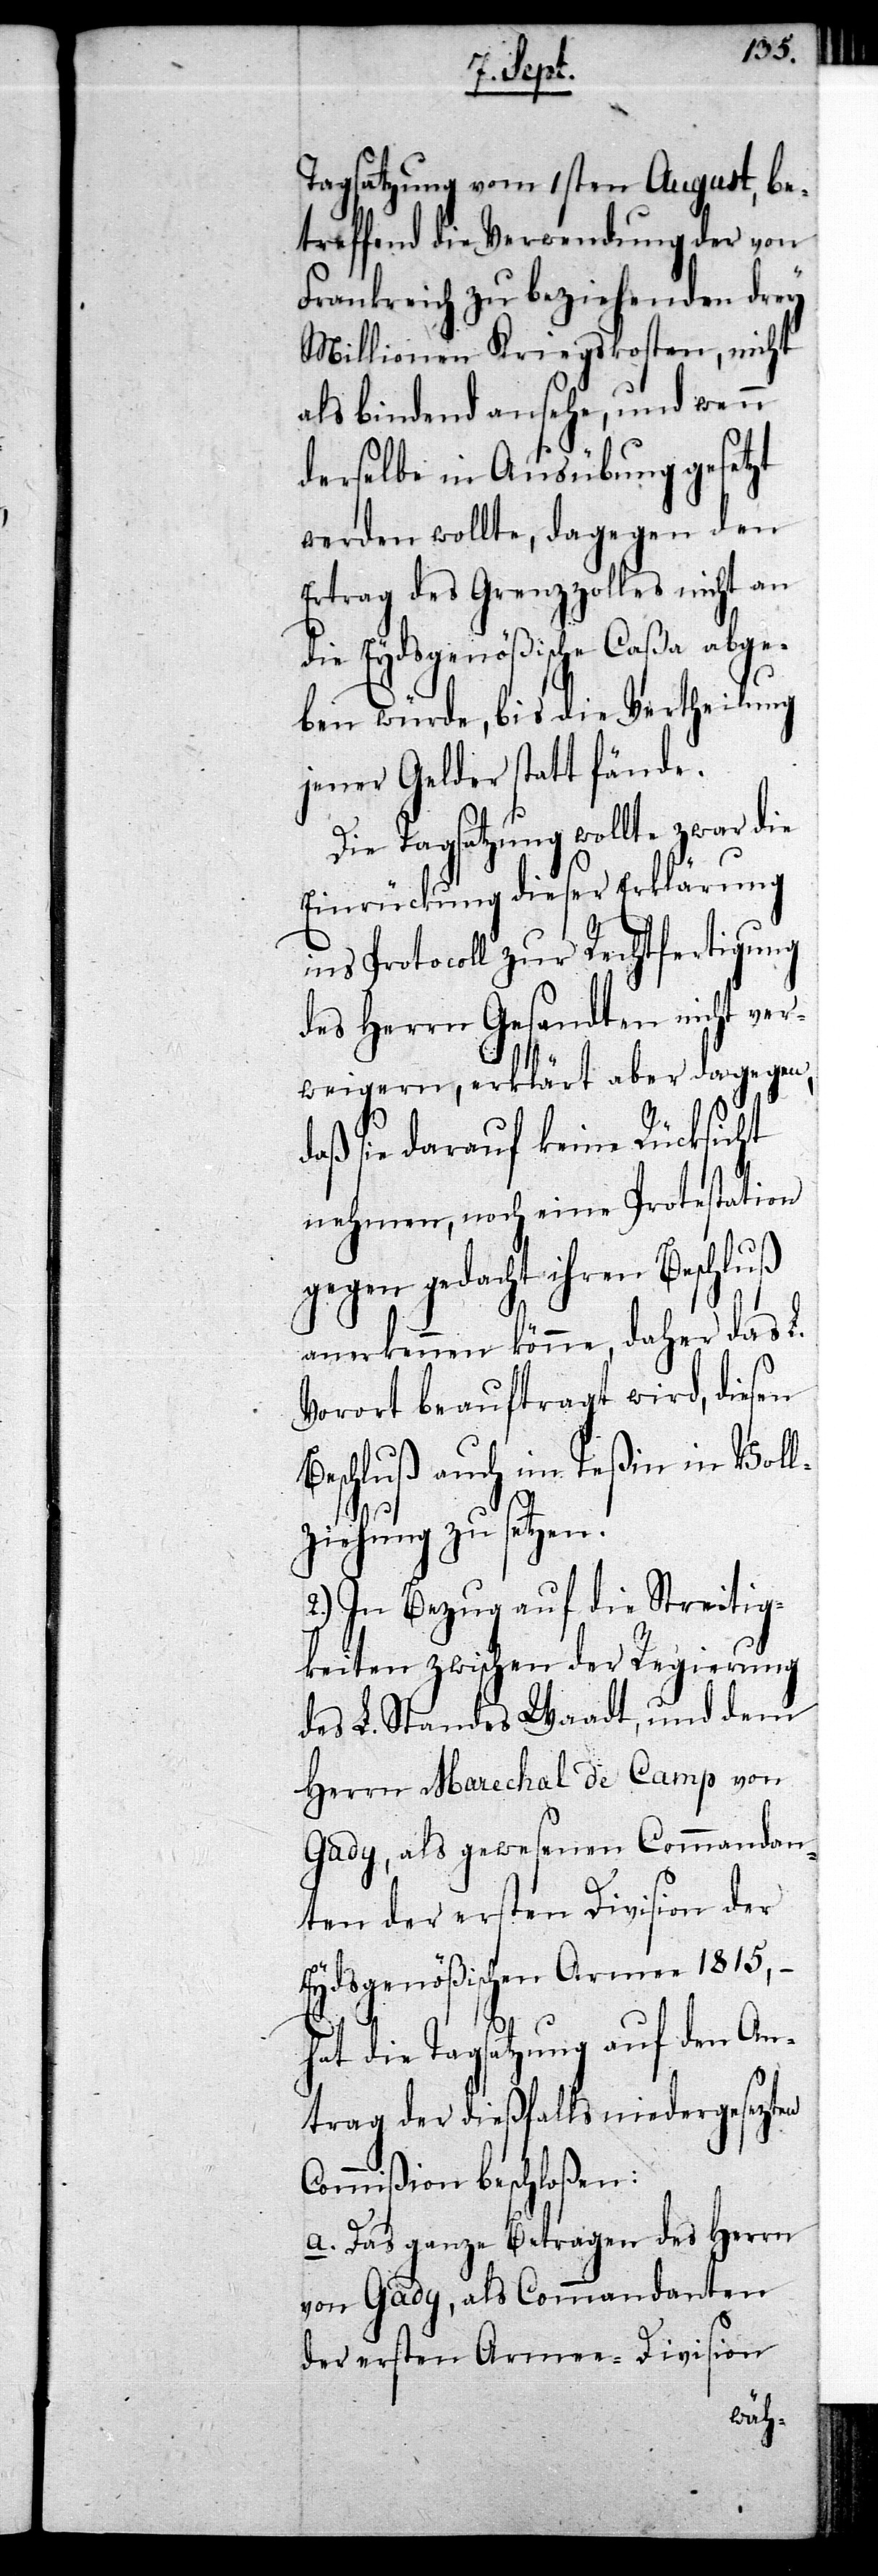
Tagsatzung vom 1sten August be¬
treffend die Verwendung der von
Frankreich zu beziehenden drey
Millionen Kriegskosten, nicht
als bindend ansehe, und wenn
derselbe in Ausübung gesetzt
werden wollte, dagegen den
Ertrag des Grenzzolles nicht an
die Eydsgenößische Caßa abge¬
ben würde, bis die Vertheilung
jener Gelder statt fände.
Die Tagsatzung wollte zwar die
Einrückung dieser Erklärung
ins Protocoll zur Rechtfertigung
des Herrn Gesandten nicht ve¬
rweigern, erklärt aber dagegen,
daß sie darauf keine Rücksicht
nehmen, noch eine Protestation
gegen gedacht ihren Beschluß
anerkennen könne, daher das L.
Vorort beauftragt wird, diesen
Beschluß auch im Teßin in Voll¬
ziehung zu setzen.
2.) In Bezug auf die Streitig¬
keiten zwischen der Regierung
des L. Standes Waadt, und dem
Herrn Marechal de Camp von
Gady, als gewesenen Commandan¬
ten der ersten Division der
Eydsgenößischen Armee 1815, –
hat die Tagsatzung auf den An¬
trag der dießfalls niedergesezten
Commißion beschloßen:
a. Das ganze Betragen des Herrn
von Gady, als Commandanten
der ersten Armee-Division